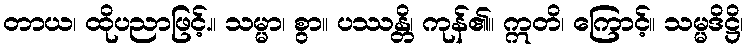
တာယ၊ ထိုပညာဖြင့်.။ သမ္မာ၊ စွာ။ ပဿန္တိ၊ ကုန်၏။ ဣတိ၊ ကြောင့်။ သမ္မဒိဋ္ဌိ၊